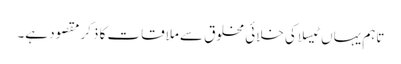
تاہم یہاں ٹیسلا کی خلائی مخلوق سے ملاقات کا ذکر مقصود ہے۔